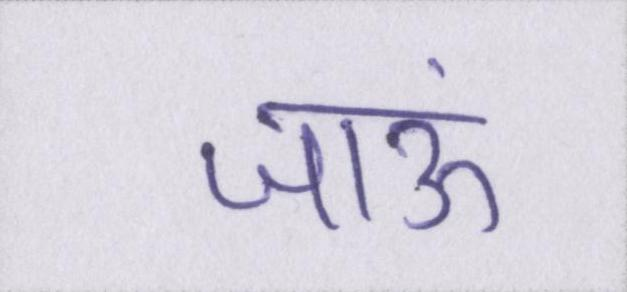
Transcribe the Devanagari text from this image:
जाऊं